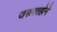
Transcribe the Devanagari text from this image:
जरूरतहोने